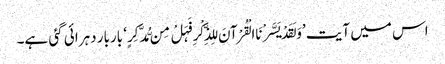
اس میں آیت ’وَلَقَدْ یَسَّرْنَا الْقُرْآنَ لِلذِّکْرِ فَہَلْ مِن مُّدَّکِرٍ‘ باربار دہرائی گئی ہے۔